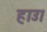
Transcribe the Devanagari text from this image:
हाउ।